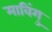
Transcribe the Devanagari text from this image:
माविंगु